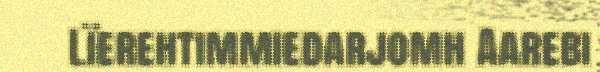
Lïerehtimmiedarjomh Aarebi